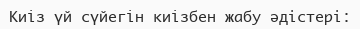
Киiз үй сүйегiн киiзбен жабу әдістері: